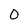
Character: 0